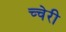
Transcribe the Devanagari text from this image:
च्चेरी